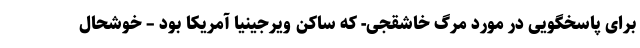
برای پاسخگویی در مورد مرگ خاشقجی- که ساكن ویرجینیا آمریکا بود – خوشحال